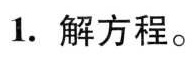
1.解方程。